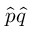
{ \hat { p } } { \hat { q } }